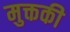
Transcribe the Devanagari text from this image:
मुक्तकी